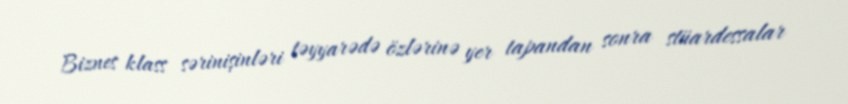
Biznes klass sərinişinləri təyyarədə özlərinə yer tapandan sonra stüardessalar